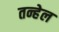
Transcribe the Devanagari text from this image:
तन्हेल